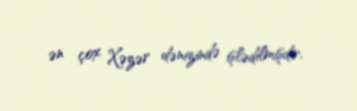
ən çox Xəzər dənizində işlədilmişdir.